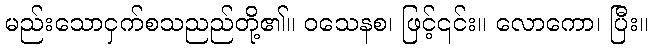
မည်းသောငှက်စသညည်တို့၏။ ဝသေနစ၊ ဖြင့်၎င်း။ လောကော၊ ပြီး။